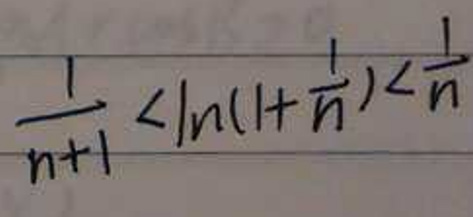
\frac{1}{n + 1} < \ln(1 + \frac{1}{n}) < \frac{1}{n}